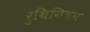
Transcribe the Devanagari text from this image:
रुथिनियम